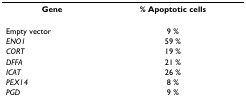
<table><thead><tr><td><b>Gene</b></td><td><b>% Apoptotic cells</b></td></tr></thead><tbody><tr><td>Empty vector</td><td>9 %</td></tr><tr><td><i>ENO1</i></td><td>59 %</td></tr><tr><td><i>CORT</i></td><td>19 %</td></tr><tr><td><i>DFFA</i></td><td>21 %</td></tr><tr><td><i>ICAT</i></td><td>26 %</td></tr><tr><td><i>PEX14</i></td><td>8 %</td></tr><tr><td><i>PGD</i></td><td>9 %</td></tr></tbody></table>